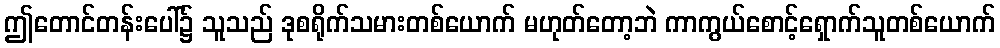
ဤတောင်တန်းပေါ်၌ သူသည် ဒုစရိုက်သမားတစ်ယောက် မဟုတ်တော့ဘဲ ကာကွယ်စောင့်ရှောက်သူတစ်ယောက်